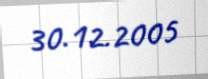
30.12.2005